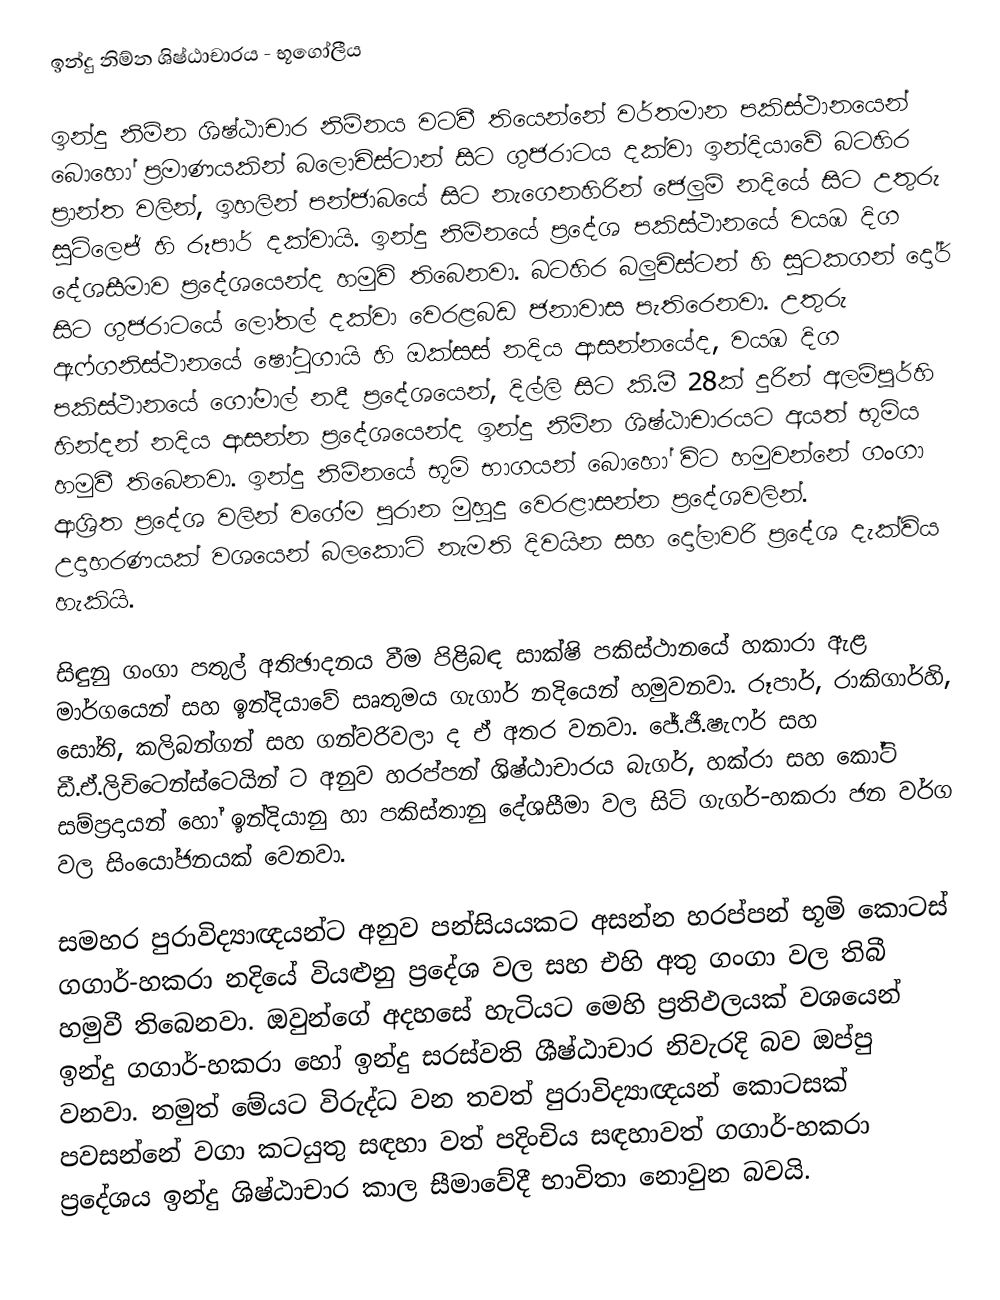
ඉන්දු නිම්න ශිෂ්ඨාචාරය - භූගෝලීය

ඉන්දු නිම්න ශිෂ්ඨාචාර නිම්නය වටවී තියෙන්නේ වර්තමාන පකිස්ථානයෙන් බොහෝ ප්‍රමාණයකින් බලොචිස්ටාන් සිට ගුජරාටය දක්වා ඉන්දියාවේ බටහිර ප්‍රාන්ත වලින්, ඉහලින් පන්ජාබයේ සිට නැගෙනහිරින් ජෙලුම් නදියේ සිට උතුරු සුට්ලෙජ් හි රූපාර් දක්වායි. ඉන්දු  නිම්නයේ ප්‍රදේශ පකිස්ථානයේ වයඹ දිග දේශසීමාව ප්‍රදේශයෙන්ද හමුවි තිබෙනවා. බටහිර බලුචිස්ටන් හි සුටකගන් දෝර් සිට ගුජරාටයේ ලෝතල් දක්වා වෙරළබඩ ජනාවාස පැතිරෙනවා. උතුරු ඇෆ්ගනිස්ථානයේ ෂෝටුගායි හි ඔක්සස් නදිය ආසන්නයේද, වයඹ දිග පකිස්ථානයේ ගෝමාල් නදී ප්‍රදේශයෙන්, දිල්ලි සිට කි.මී 28ක් දුරින් අලම්පූර්හි හින්දන් නදිය ආසන්න ප්‍රදේශයෙන්ද ඉන්දු නිම්න ශිෂ්ඨාචාරයට අයත් භූමිය හමුවී තිබෙනවා.  ඉන්දු නිම්නයේ භූමි භාගයන් බොහෝ විට හමුවන්නේ ගංගා ආශ්‍රිත ප්‍රදේශ වලින් වගේම පුරාන මුහුදු වෙරළාසන්න ප්‍රදේශවලින්. උදාහරණයක් වශයෙන් බලකොට් නැමති දිවයින සහ දෝලාවරි ප්‍රදේශ දැක්විය හැකියි.

සිඳුනු ගංගා පතුල් අතිඡාදනය වීම පිළිබඳ සාක්ෂි පකිස්ථානයේ හකාරා ඇළ මාර්ගයෙන් සහ ඉන්දියාවේ සෘතුමය ගැගාර් නදියෙන් හමුවනවා. රූපාර්, රාකිගාර්හි, සෝති, කලිබන්ගන් සහ ගන්වරිවලා ද ඒ අතර වනවා. ජේ.ජී.ෂැෆර් සහ ඩී.ඒ.ලිචිටෙන්ස්ටෙයින් ට අනුව හරප්පන් ශිෂ්ඨාචාරය බැගර්, හක්රා සහ කෝටි සම්ප්‍රදායන් හෝ ඉන්දියානු හා පකිස්තානු දේශසීමා වල සිටි ගැගර්-හකරා ජන වර්ග වල සිංයෝජනයක් වෙනවා.

සමහර පුරාවිද්‍යාඥයන්ට අනුව පන්සියයකට අසන්න හරප්පන් භූමි කොටස් ගගාර්-හකරා නදියේ වියළුනු ප්‍රදේශ වල සහ එහි අතු ගංගා වල තිබී හමුවී තිබෙනවා. ඔවුන්ගේ අදහසේ හැටියට මෙහි ප්‍රතිඵලයක් වශයෙන් ඉන්දු ගගාර්-හකරා හෝ ඉන්දු සරස්වති ශීෂ්ඨාචාර නිවැරදි බව ඔප්පු වනවා. නමුත් මේයට විරුද්ධ වන තවත් පුරාවිද්‍යාඥයන් කොටසක් පවසන්නේ වගා කටයුතු සඳහා වත් පදිංචිය සඳහාවත් ගගාර්-හකරා ප්‍රදේශය ඉන්දු ශිෂ්ඨාචාර කාල සීමාවේදී භාවිතා නොවුන බවයි.